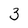
Character: 3